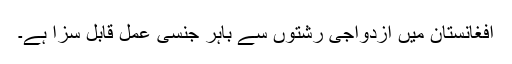
افغانستان ميں ازدواجی رشتوں سے باہر جنسی عمل قابل سزا ہے۔